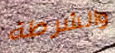
والشرطة